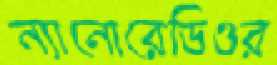
ন্যানোরেডিওর